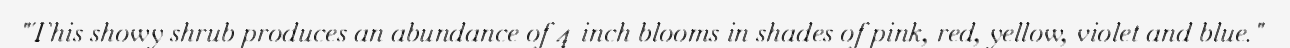
"This showy shrub produces an abundance of 4-inch blooms in shades of pink, red, yellow, violet and blue."